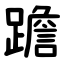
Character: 䠨